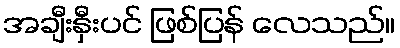
အချီးနှီးပင် ဖြစ်ပြန် လေသည်။